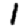
Digit: 1